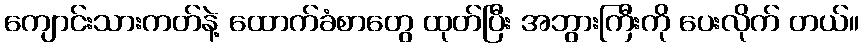
ကျောင်းသားကတ်နဲ့ ထောက်ခံစာတွေ ထုတ်ပြီး အဘွားကြီးကို ပေးလိုက် တယ်။